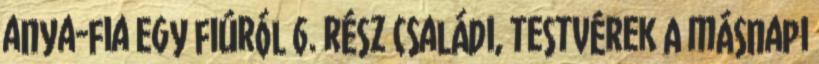
anya-fia Egy fiúról 6. rész családi, testvérek A másnapi